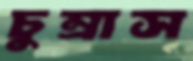
চুম্‌রাস